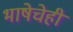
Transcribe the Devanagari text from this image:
भाषेचेही